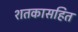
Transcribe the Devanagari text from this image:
शतकासहित